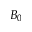
B _ { 0 }